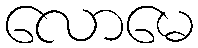
လောမေ